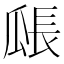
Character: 𤬅